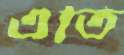
এতি